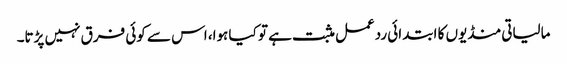
مالیاتی منڈیوں کا ابتدائی ردعمل مثبت ہے تو کیا ہوا، اس سے کوئی فرق نہیں پڑتا۔